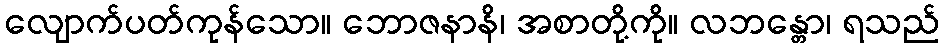
လျောက်ပတ်ကုန်သော။ ဘောဇနာနိ၊ အစာတို့ကို။ လဘန္တော၊ ရသည်